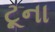
ટૂના